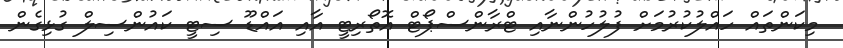
މިކަންތައް ހައްލުކުރުމަށް ފުލުހުންނާއި ޓްރާންސްޕޯޓް އޮތޯރިޓީ އާއި އައްޑޫ ސިޓީ ކައުންސިލް ގުޅިގެން